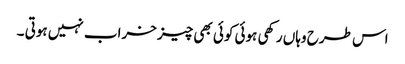
اس طرح وہاں رکھی ہوئی کوئی بھی چیز خراب نہیں ہوتی ۔